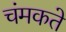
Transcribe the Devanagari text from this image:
चंमकते